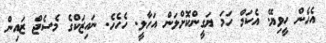
އެހެން ހީވިޔޭ. އެކަމް ހަމަ ޔަގީންކޮށްލަން އަހާލީ. ހެހެހެ. ނައިޒަކްގެ މެސެޖް ޒައިން